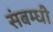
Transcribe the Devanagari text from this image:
संबम्धी